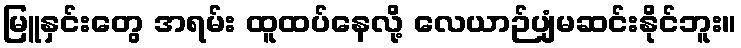
မြူနှင်းတွေ အရမ်း ထူထပ်နေလို့ လေယာဉ်ပျံမဆင်းနိုင်ဘူး။